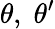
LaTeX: \theta,\; \theta^{\prime}